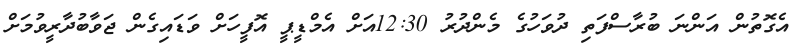
އެގޮތުން އަންނަ ބުރާސްފަތި ދުވަހުގެ މެންދުރު 12:30އަށް އެމްޑީޕީ އޮފީހަށް ވަޑައިގެން ޖަވާބުދާރީވުމަށް